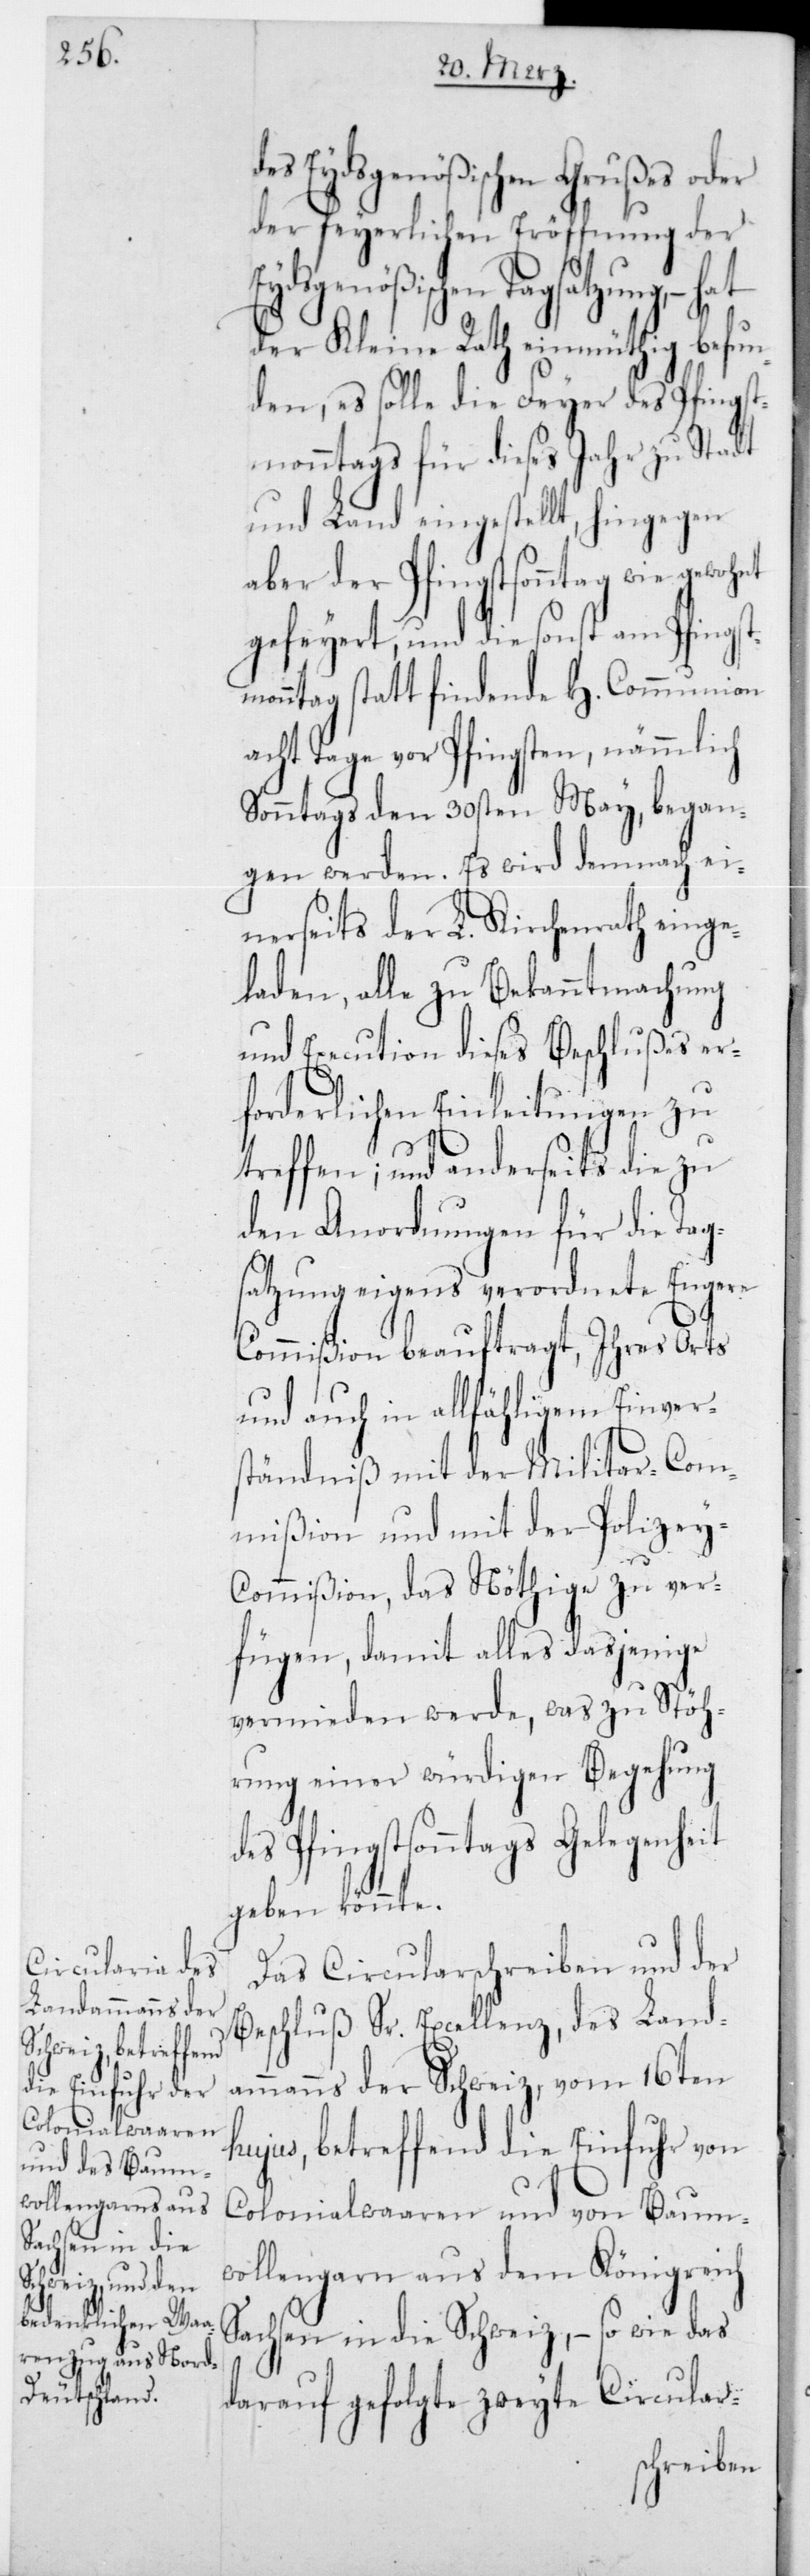
des Eydsgenößischen Grußes oder
der feyerlichen Eröffnung der
Eydsgenößischen Tagsatzung,
der Kleine Rath einmüthig befun¬
den, es solle die Feyer des Pfingst¬
monntags für dieses Jahr zu Stadt
und Land eingestellt, hingegen
aber der Pfingstsonntag wie gewohnt
gefeyert, und die sonst am Pfingst¬
monntag statt findende H. Communion
acht Tage vor Pfingsten, nämmlich
Sonntags den 30sten May, began¬
gen werden. Es wird demnach ei¬
nerseits der L. Kirchenrath einge¬
laden, alle zu Bekanntmachung
und Execution dieses Beschlußes er¬
forderlichen Einleitungen zu
treffen; und anderseits die zu
den Anordnungen für die Tag¬
satzung eigens verordnete Engere
Commißion beauftragt, Ihres Orts
und auch in allfähligem Einvers¬
tändniß mit der Militar-Com¬
mißion und mit der Polizey-C¬
ommißion, das Nöthige zu ver¬
fügen, damit alles dasjenige
vermieden werde, was zu Stöh¬
rung einer würdigen Begehung
des Pfingstsonntags Gelegenheit
geben könnte.
Das Circularschreiben und der
Beschluß Sr. Excellenz, des Land¬
ammanns der Schweiz, vom 16ten
hujus, betreffend die Einfuhr von
Colonialwaaren und von Baumw¬
ollengarn aus dem Königreich
Sachsen in die Schweiz, – so wird das
darauf gefolgte zweyte Circular-